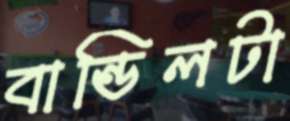
বান্ডিলটা